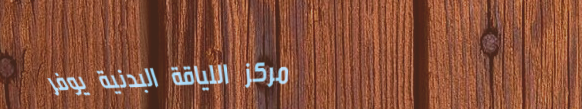
مركز اللياقة البدنية يوفر